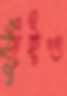
জুঁইও